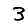
Digit: 3